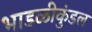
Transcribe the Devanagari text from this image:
भाडळीकुंडल